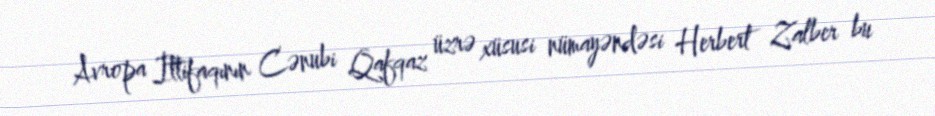
Avropa İttifaqının Cənubi Qafqaz üzrə xüsusi nümayəndəsi Herbert Zalber bu